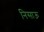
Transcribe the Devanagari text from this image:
निसाऊ